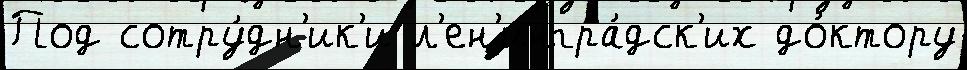
Под сотру́дн'ик'и л'ен'ингра́дск'их до́ктору